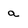
Character: a